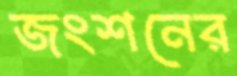
জংশনের